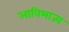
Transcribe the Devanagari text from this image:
आविभाज्य